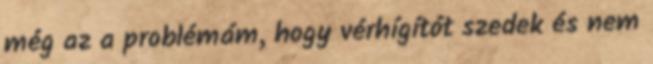
még az a problémám, hogy vérhígítót szedek és nem